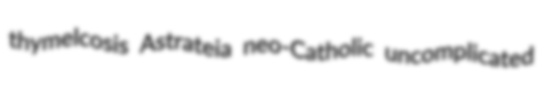
thymelcosis Astrateia neo-Catholic uncomplicated